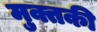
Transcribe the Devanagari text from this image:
मुक्तकी